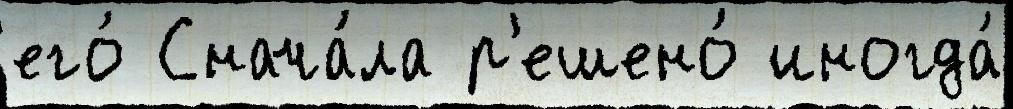
его́ Снача́ла р'ешено́ иногда́